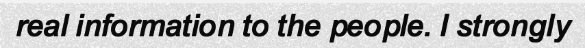
real information to the people. I strongly